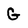
Character: G